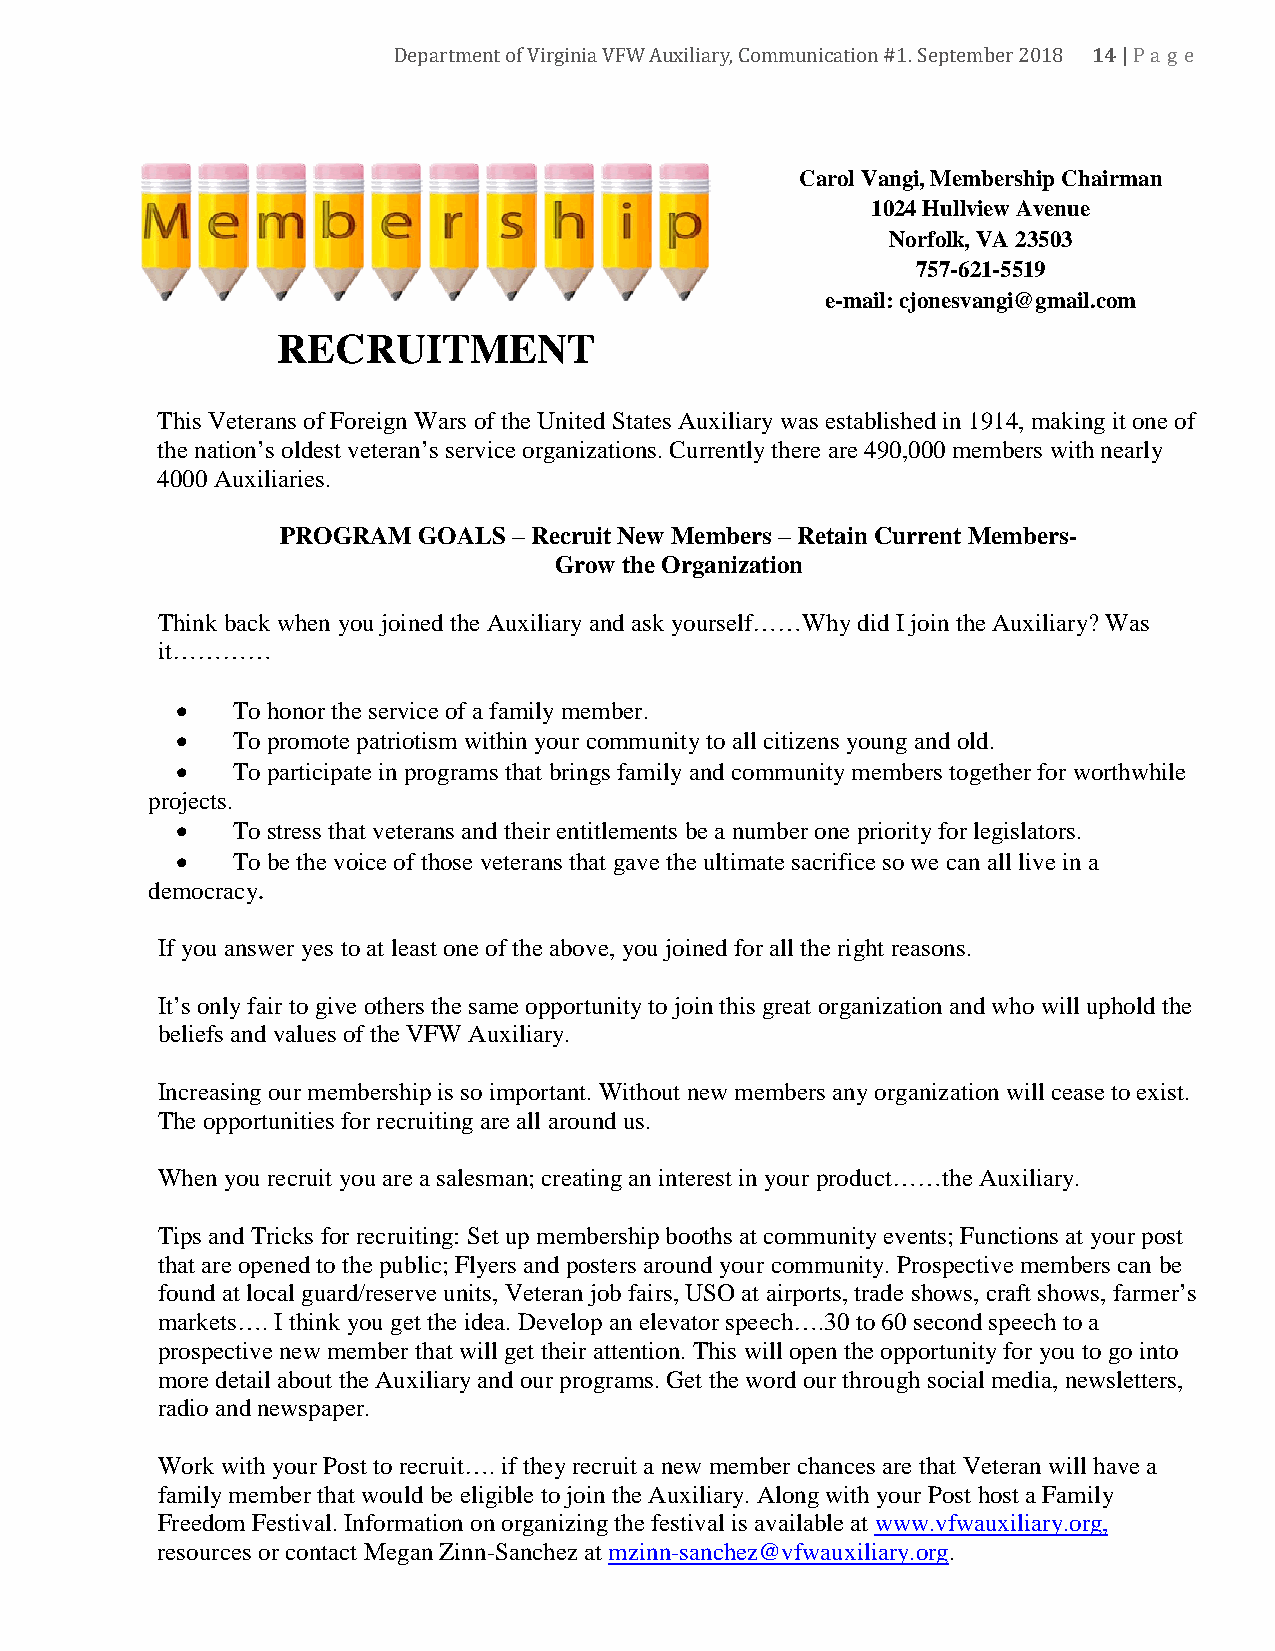
14
 Department of Virginia VFW Auxiliary, Communication #1. September 2018 |Pa ge
 Carol Vangi, Membership Chairman
 1024 Hullview Avenue
 Norfolk, VA 23503
 757-621-5519
 e-mail: cjonesvangi@gmail.com
 RECRUITMENT
 This Veterans of Foreign Wars of the United States Auxiliary was established in 1914, making it one of
 the nation’s oldest veteran’s service organizations. Currently there are 490,000 members with nearly
 4000 Auxiliaries.
 PROGRAM  GOALS – Recruit New Members – Retain Current Members-
 Grow the Organization
 Think back when you joined the Auxiliary and ask yourself……Why did I join the Auxiliary? Was
 it…………
 •  To honor the service of a family member.
 •  To promote patriotism within your community to all citizens young and old.
 •  To participate in programs that brings family and community members together for worthwhile
 projects.
 •  To stress that veterans and their entitlements be a number one priority for legislators.
 •  To be the voice of those veterans that gave the ultimate sacrifice so we can all live in a
 democracy.
 If you answer yes to at least one of the above, you joined for all the right reasons.
 It’s only fair to give others the same opportunity to join this great organization and who will uphold the
 beliefs and values of the VFW Auxiliary.
 Increasing our membership is so important. Without new members any organization will cease to exist.
 The opportunities for recruiting are all around us.
 When you recruit you are a salesman; creating an interest in your product……the Auxiliary.
 Tips and Tricks for recruiting: Set up membership booths at community events; Functions at your post
 that are opened to the public; Flyers and posters around your community. Prospective members can be
 found at local guard/reserve units, Veteran job fairs, USO at airports, trade shows, craft shows, farmer’s
 markets…. I think you get the idea. Develop an elevator speech….30 to 60 second speech to a
 prospective new member that will get their attention. This will open the opportunity for you to go into
 more detail about the Auxiliary and our programs. Get the word our through social media, newsletters,
 radio and newspaper.
 Work with your Post to recruit…. if they recruit a new member chances are that Veteran will have a
 family member that would be eligible to join the Auxiliary. Along with your Post host a Family
 Freedom Festival. Information on organizing the festival is available at www.vfwauxiliary.org,
 resources or contact Megan Zinn-Sanchez at mzinn-sanchez@vfwauxiliary.org.